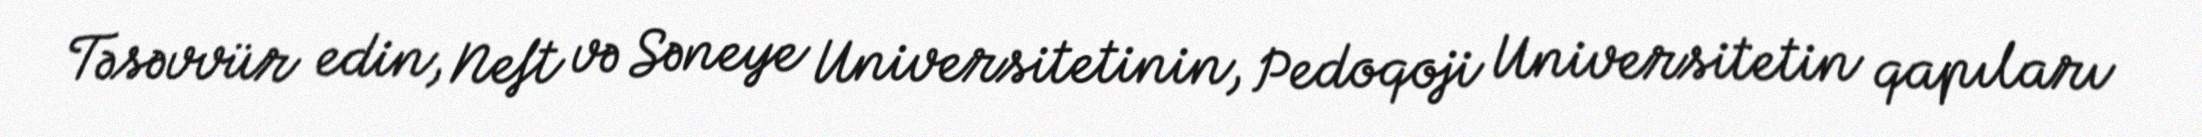
Təsəvvür edin, Neft və Səneye Universitetinin, Pedoqoji Universitetin qapıları